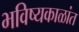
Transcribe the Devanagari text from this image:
भविष्यकाळांत